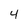
Character: 4